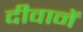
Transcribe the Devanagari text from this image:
दीवानें